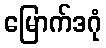
မြောက်ဒဂုံ